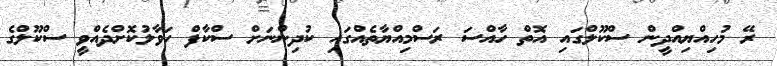
ރޭ މުހިއްޔިއްދީން ސްކޫލްގައި އޮތް ހާއްސަ ރަސްމިއްޔާތެއްގައި ކުދިންނަށް ސްކާފް ހަވާލުކޮށްދެއްވީ ސްކޫލްގެ